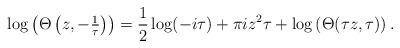
LaTeX: \begin{align*}\log\left(\Theta\left(z, -\tfrac{1}{\tau}\right)\right) = \frac{1}{2} \log(-i \tau) + \pi i z^2 \tau +\log\left(\Theta(\tau z, \tau)\right).\end{align*}